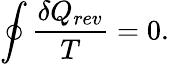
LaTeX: \oint{\frac{\delta Q_{rev}}{T}}=0.